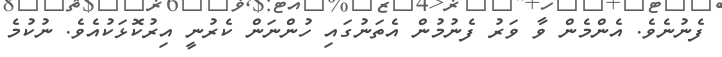
ފެނުނެވެ. އެންމެން ވާ ވަރު ފެނުމުން އެތަނުގައި ހުންނަން ކެރުނީ އިރުކޮޅަކުއެވެ. ނުކުމެ